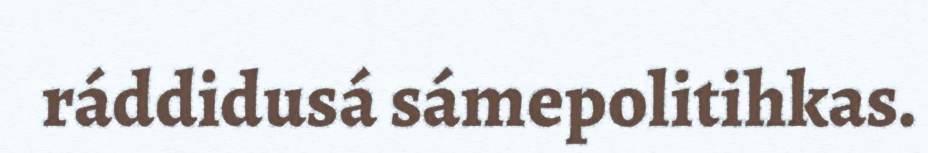
ráddidusá sámepolitihkas.